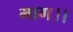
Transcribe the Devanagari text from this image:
भाग।।